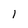
Character: 1